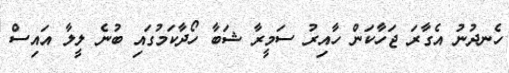
ހެނދުނު އެގާރަ ޖަހާކަން ހާއިރު ސަމީރާ ޝަބާ ހޯދާކަމުގައި ބުނެ ލީލާ އައިސް